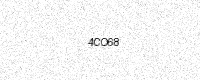
Text: 4CO68